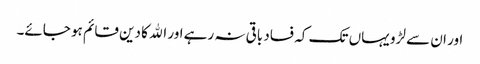
اور ان سے لڑو یہاں تک کہ فساد باقی نہ رہے اور الله کا دین قائم ہو جائے۔